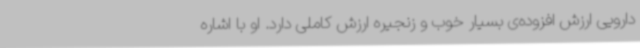
دارویی ارزش افزوده‌ی بسیار خوب و زنجیره ارزش کاملی دارد. او با اشاره